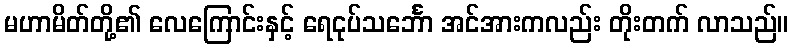
မဟာမိတ်တို့၏ လေကြောင်းနှင့် ရေငုပ်သင်္ဘော အင်အားကလည်း တိုးတက် လာသည်။